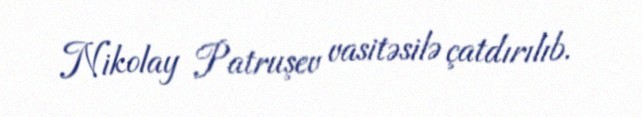
Nikolay Patruşev vasitəsilə çatdırılıb.